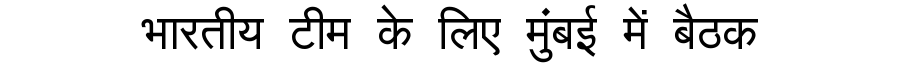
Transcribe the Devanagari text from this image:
भारतीय टीम के लिए मुंबई में बैठक